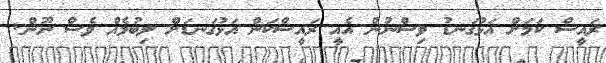
ރައީސް ކަމަށް އަޅުގަނޑު ވިސްނުން އެއީ ރައީސްކަން އަޅުގަނޑަށް ލިބުމެއް ވެސް ނޫން.